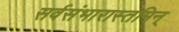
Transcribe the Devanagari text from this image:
सर्वसंभारास्तमिन्‌